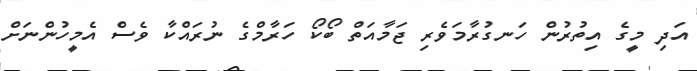
އަދި މީގެ އިތުރުން ހަނގުރާމަވެރި ޖަމާއަތް ބޯކޯ ހަރާމްގެ ނުރައްކާ ވެސް އެމީހުންނަަށް